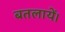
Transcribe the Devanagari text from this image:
बतलायें।